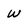
Character: w